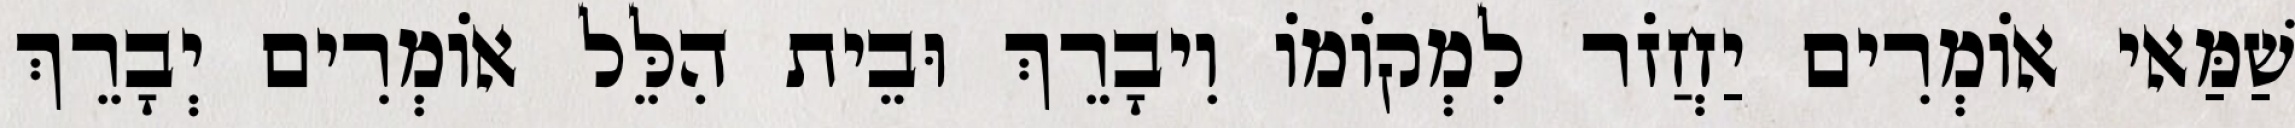
שַׁמַּאי אוֹמְרִים יַחֲזֹר לִמְקוֹמוֹ וִיבָרֵךְ וּבֵית הִלֵּל אוֹמְרִים יְבָרֵךְ